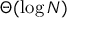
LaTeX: \Theta ( \log N )